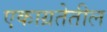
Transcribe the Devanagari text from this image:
एकाग्रतेतील